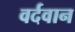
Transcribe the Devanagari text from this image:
वर्दवान